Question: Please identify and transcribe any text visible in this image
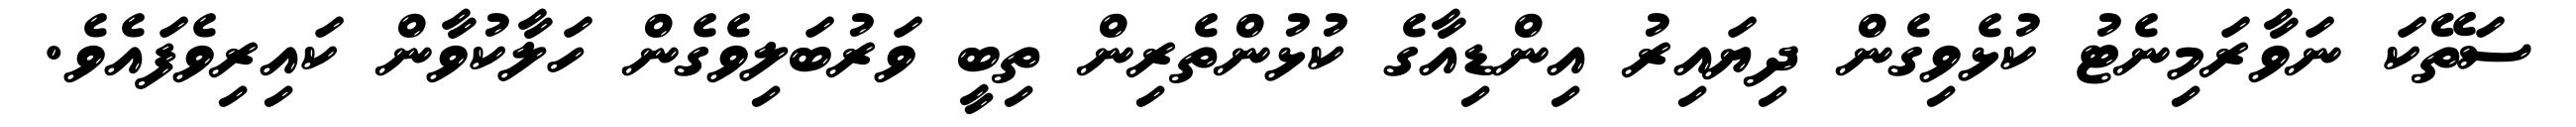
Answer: ސަތޭކަ ނަވާރަމިނެޓު ކުޅެވިގެން ދިޔައިރު އިންޑިއާގެ ކުޅުންތެރިން ތިބީ ވަރުބަލިވެގެން ހަލާކުވާން ކައިރިވެފައެވެ.